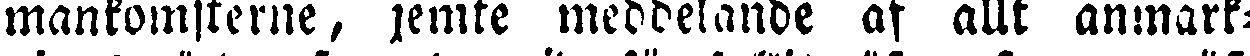
mankomsterne, jemte meddelande af allt anmärk-